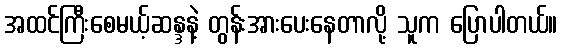
အထင်ကြီးစေမယ့်ဆန္ဒနဲ့ တွန်းအားပေးနေတာလို့ သူက ပြောပါတယ်။